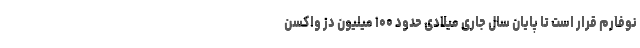
نوفارم قرار است تا پایان سال جاری میلادی حدود ۱۰۰ میلیون دز واکسن